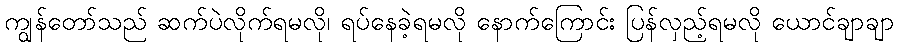
ကျွန်တော်သည် ဆက်ပဲလိုက်ရမလို၊ ရပ်နေခဲ့ရမလို နောက်ကြောင်း ပြန်လှည့်ရမလို ယောင်ချာချာ